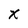
Character: x